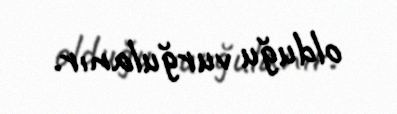
olduğu vurğulanır.